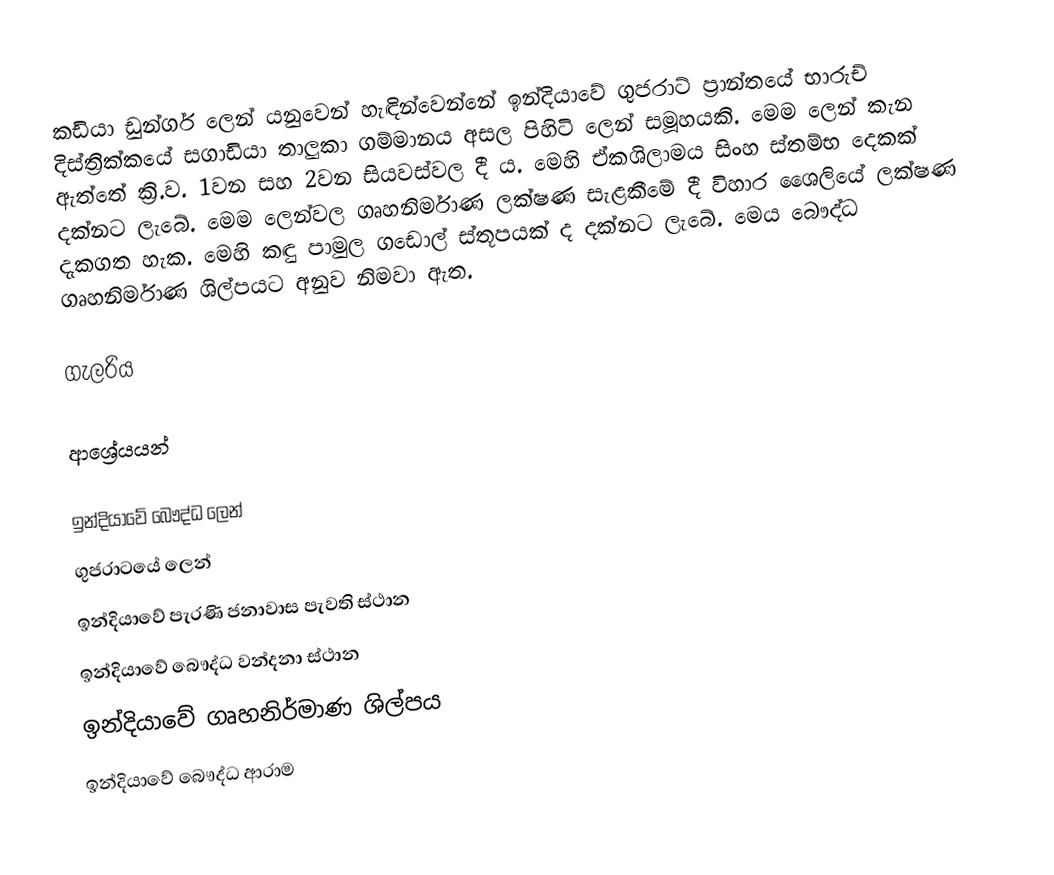
කඩියා ඩුන්ගර් ලෙන් ‍යනුවෙන් හැඳින්වෙන්නේ ඉන්දියාවේ ගුජරාට් ප්‍රාන්තයේ භාරුච් දිස්ත්‍රික්කයේ සගාඩියා තාලුකා ගම්මානය අසල පිහිටි ලෙන් සමූහයකි. මෙම ලෙන් කැන ඇත්තේ ක්‍රි.ව. 1වන සහ 2වන සියවස්වල දී ය. මෙහි ඒකශිලාමය සිංහ ස්තම්භ දෙකක් දක්නට ලැබේ. මෙම ලෙන්වල ගෘහනිර්මාණ ලක්ෂණ සැළකීමේ දී විහාර ශෛලියේ ලක්ෂණ දැකගත හැක. මෙහි කඳු පාමුල ගඩොල් ස්තූපයක් ද දක්නට ලැබේ. මෙය බෞද්ධ ගෘහනිර්මාණ ශිල්පයට අනුව නිමවා ඇත.

ගැලරිය

ආශ්‍රේයයන්

ඉන්දියාවේ බෞද්ධ ලෙන්
ගුජරාටයේ ලෙන්
ඉන්දියාවේ පැරණි ජනාවාස පැවති ස්ථාන
ඉන්දියාවේ බෞද්ධ වන්දනා ස්ථාන
ඉන්දියාවේ ගෘහනිර්මාණ ශිල්පය
ඉන්දියාවේ බෞද්ධ ආරාම